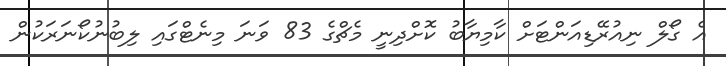
އެ ގޯލް ނިއުރޭޑިއަންޓަށް ކާމިޔާބު ކޮށްދިނީ މެޗްގެ 83 ވަނަ މިނެޓްގައި ލިބުނުކޯނަރަކުން